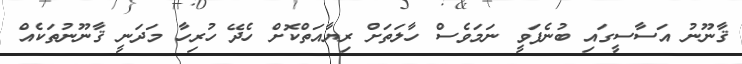
ޤާނޫނު އަސާސީގައި ބުނެފަވީ ނަމަވެސް ހާލަތަށް ރިޔާއަތްކޮށް ހެދޭ ހުރިހާ މަދަނީ ޤާނޫނުތަކެއް